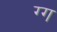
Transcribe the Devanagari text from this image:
ग्ग